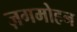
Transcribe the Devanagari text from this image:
ज़गमोहन